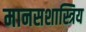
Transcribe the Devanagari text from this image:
मानसशास्त्रिय